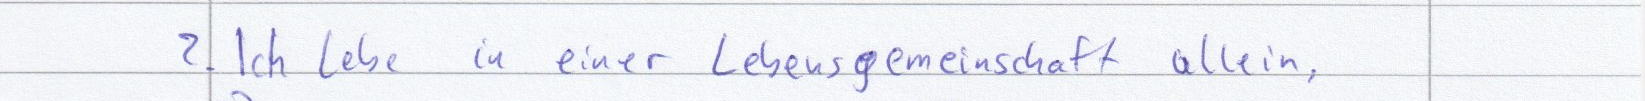
2. Ich lebe in einer Lebensgemeinschaft allein,